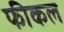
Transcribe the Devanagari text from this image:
फीकल